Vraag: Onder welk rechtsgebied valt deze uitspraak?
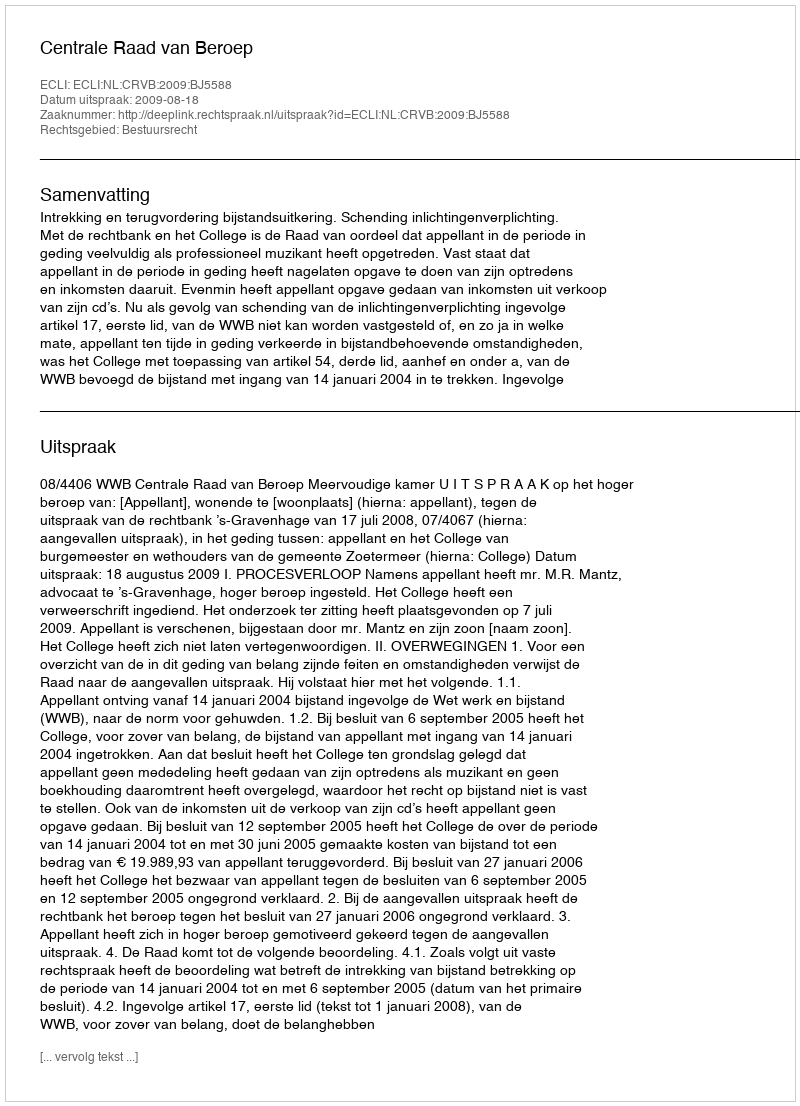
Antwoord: Bestuursrecht